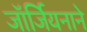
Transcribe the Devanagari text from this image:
जॉर्जियनाने